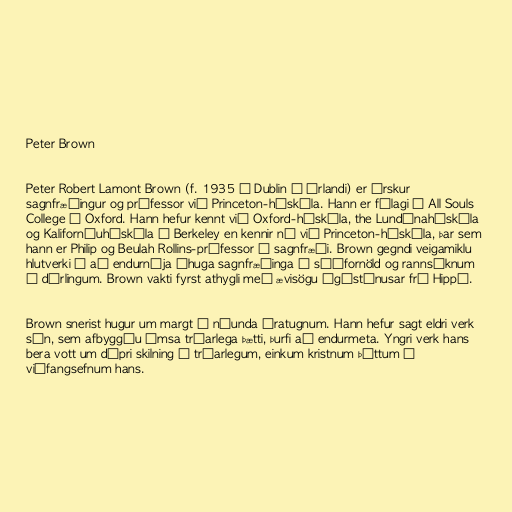
Peter Brown

Peter Robert Lamont Brown (f. 1935 í Dublin á Írlandi) er írskur
sagnfræðingur og prófessor við Princeton-háskóla. Hann er félagi á All Souls
College í Oxford. Hann hefur kennt við Oxford-háskóla, the Lundúnaháskóla
og Kaliforníuháskóla í Berkeley en kennir nú við Princeton-háskóla, þar sem
hann er Philip og Beulah Rollins-prófessor í sagnfræði. Brown gegndi veigamiklu
hlutverki í að endurnýja áhuga sagnfræðinga á síðfornöld og rannsóknum
á dýrlingum. Brown vakti fyrst athygli með ævisögu Ágústínusar frá Hippó.

Brown snerist hugur um margt á níunda áratugnum. Hann hefur sagt eldri verk
sín, sem afbyggðu ýmsa trúarlega þætti, þurfi að endurmeta. Yngri verk hans
bera vott um dýpri skilning á trúarlegum, einkum kristnum þáttum í
viðfangsefnum hans.